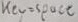
Text: key=space